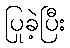
ပြုခဲ့ပြီး